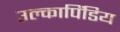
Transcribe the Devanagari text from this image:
उल्कापिंडिय